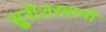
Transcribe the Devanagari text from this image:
सुरीशस्वामी